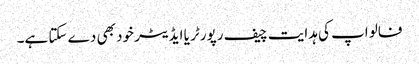
فالو اپ کی ہدایت چیف رپورٹر یا ایڈیٹر خود بھی دے سکتا ہے۔